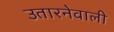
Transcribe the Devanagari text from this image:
उतारनेवाली